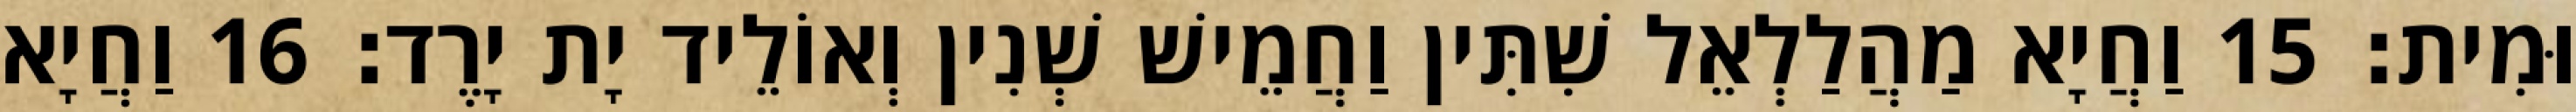
וּמִית׃ 15 וַחֲיָא מַהֲלַלְאֵל שִׁתִּין וַחֲמֵישׁ שְׁנִין וְאוֹלֵיד יָת יָרֶד׃ 16 וַחֲיָא